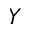
Y